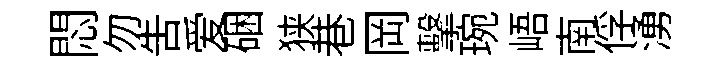
悶勿告爱硱狭巷岡擊琬峿南俘湧